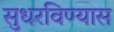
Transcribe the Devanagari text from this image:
सुधरविण्यास